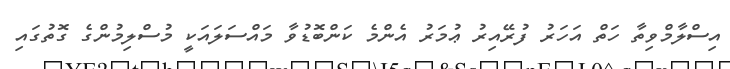
އިސްލާމްވިތާ ހަތް އަހަރު ފުރޭއިރު ޢުމަރު އެންމެ ކަންބޮޑުވާ މައްސަލައަކީ މުސްލިމުންގެ ގޮތުގައި